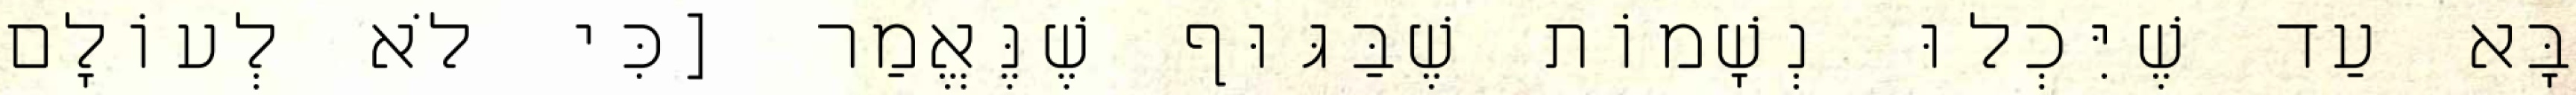
בָּא עַד שֶׁיִּכְלוּ נְשָׁמוֹת שֶׁבַּגּוּף שֶׁנֶּאֱמַר [כִּי לֹא לְעוֹלָם